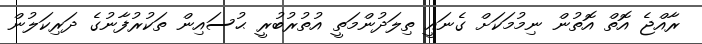
ރާއްޖެ އޮތް އޮތުން ނިމުމަކަށް ގެނައީ ތިލަދުންމަތީ އުތުރުބުރީ ޙުސައިން ތަކުރުފާނުގެ ދަރިކަލުން